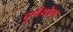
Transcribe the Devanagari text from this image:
दुर्पयोग